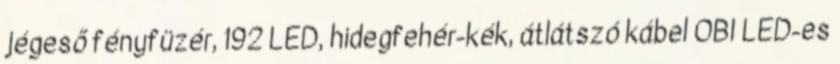
jégeső fényfüzér, 192 LED, hidegfehér-kék, átlátszó kábel OBI LED-es